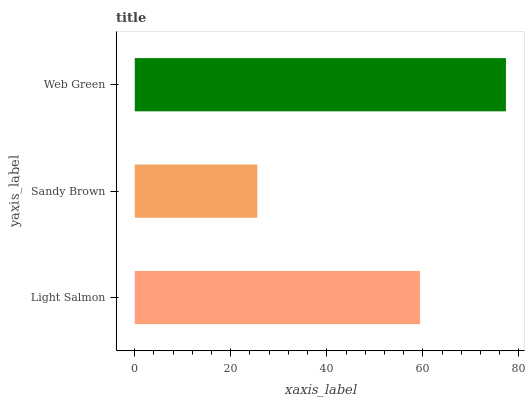
| yaxis_label | bars |
 | --- | --- |
 | Light Salmon | 59.4 |
 | Sandy Brown | 25.5 |
 | Web Green | 77.3 |